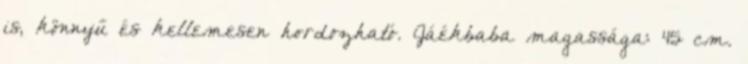
is, könnyű és kellemesen hordozható. Jáékbaba magassága: 45 cm.